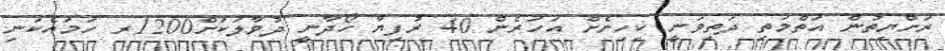
ރަށްޔިތުން އަތްމަތި ދަތިވަނީ ކިހިނެށް އަހަރެން 40 ރުފިޔާ ހޯދާނީ ދުވާލަކަށް1200ރ ހަމައެކަނި